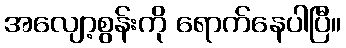
အလျော့စွန်းကို ရောက်နေပါပြီ။